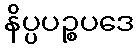
နိပ္ပပဉ္စပဒေ